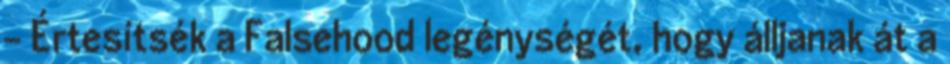
- Értesítsék a Falsehood legénységét, hogy álljanak át a